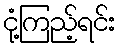
ငုံ့ကြည့်ရင်း